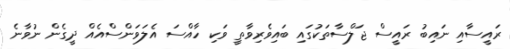
ރައީސާއި ނައިބު ރައީސް ޖަލްސާތަކުގައި ބައިވެރިވާތީ ވަކި ހާއްސަ އެލަވަންސްއެއް ދީގެން ނުވާނެ